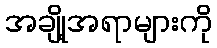
အချို့အရာများကို